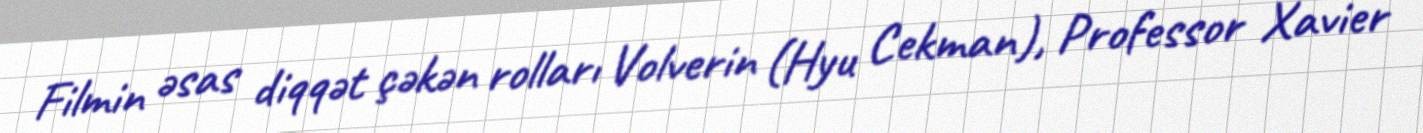
Filmin əsas diqqət çəkən rolları Volverin (Hyu Cekman), Professor Xavier